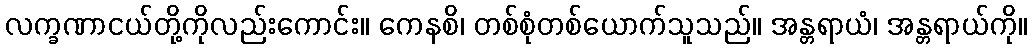
လက္ခဏာငယ်တို့ကိုလည်းကောင်း။ ကေနစိ၊ တစ်စုံတစ်ယောက်သူသည်။ အန္တရာယံ၊ အန္တရာယ်ကို။